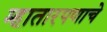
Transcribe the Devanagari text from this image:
म्हातारपणाचे